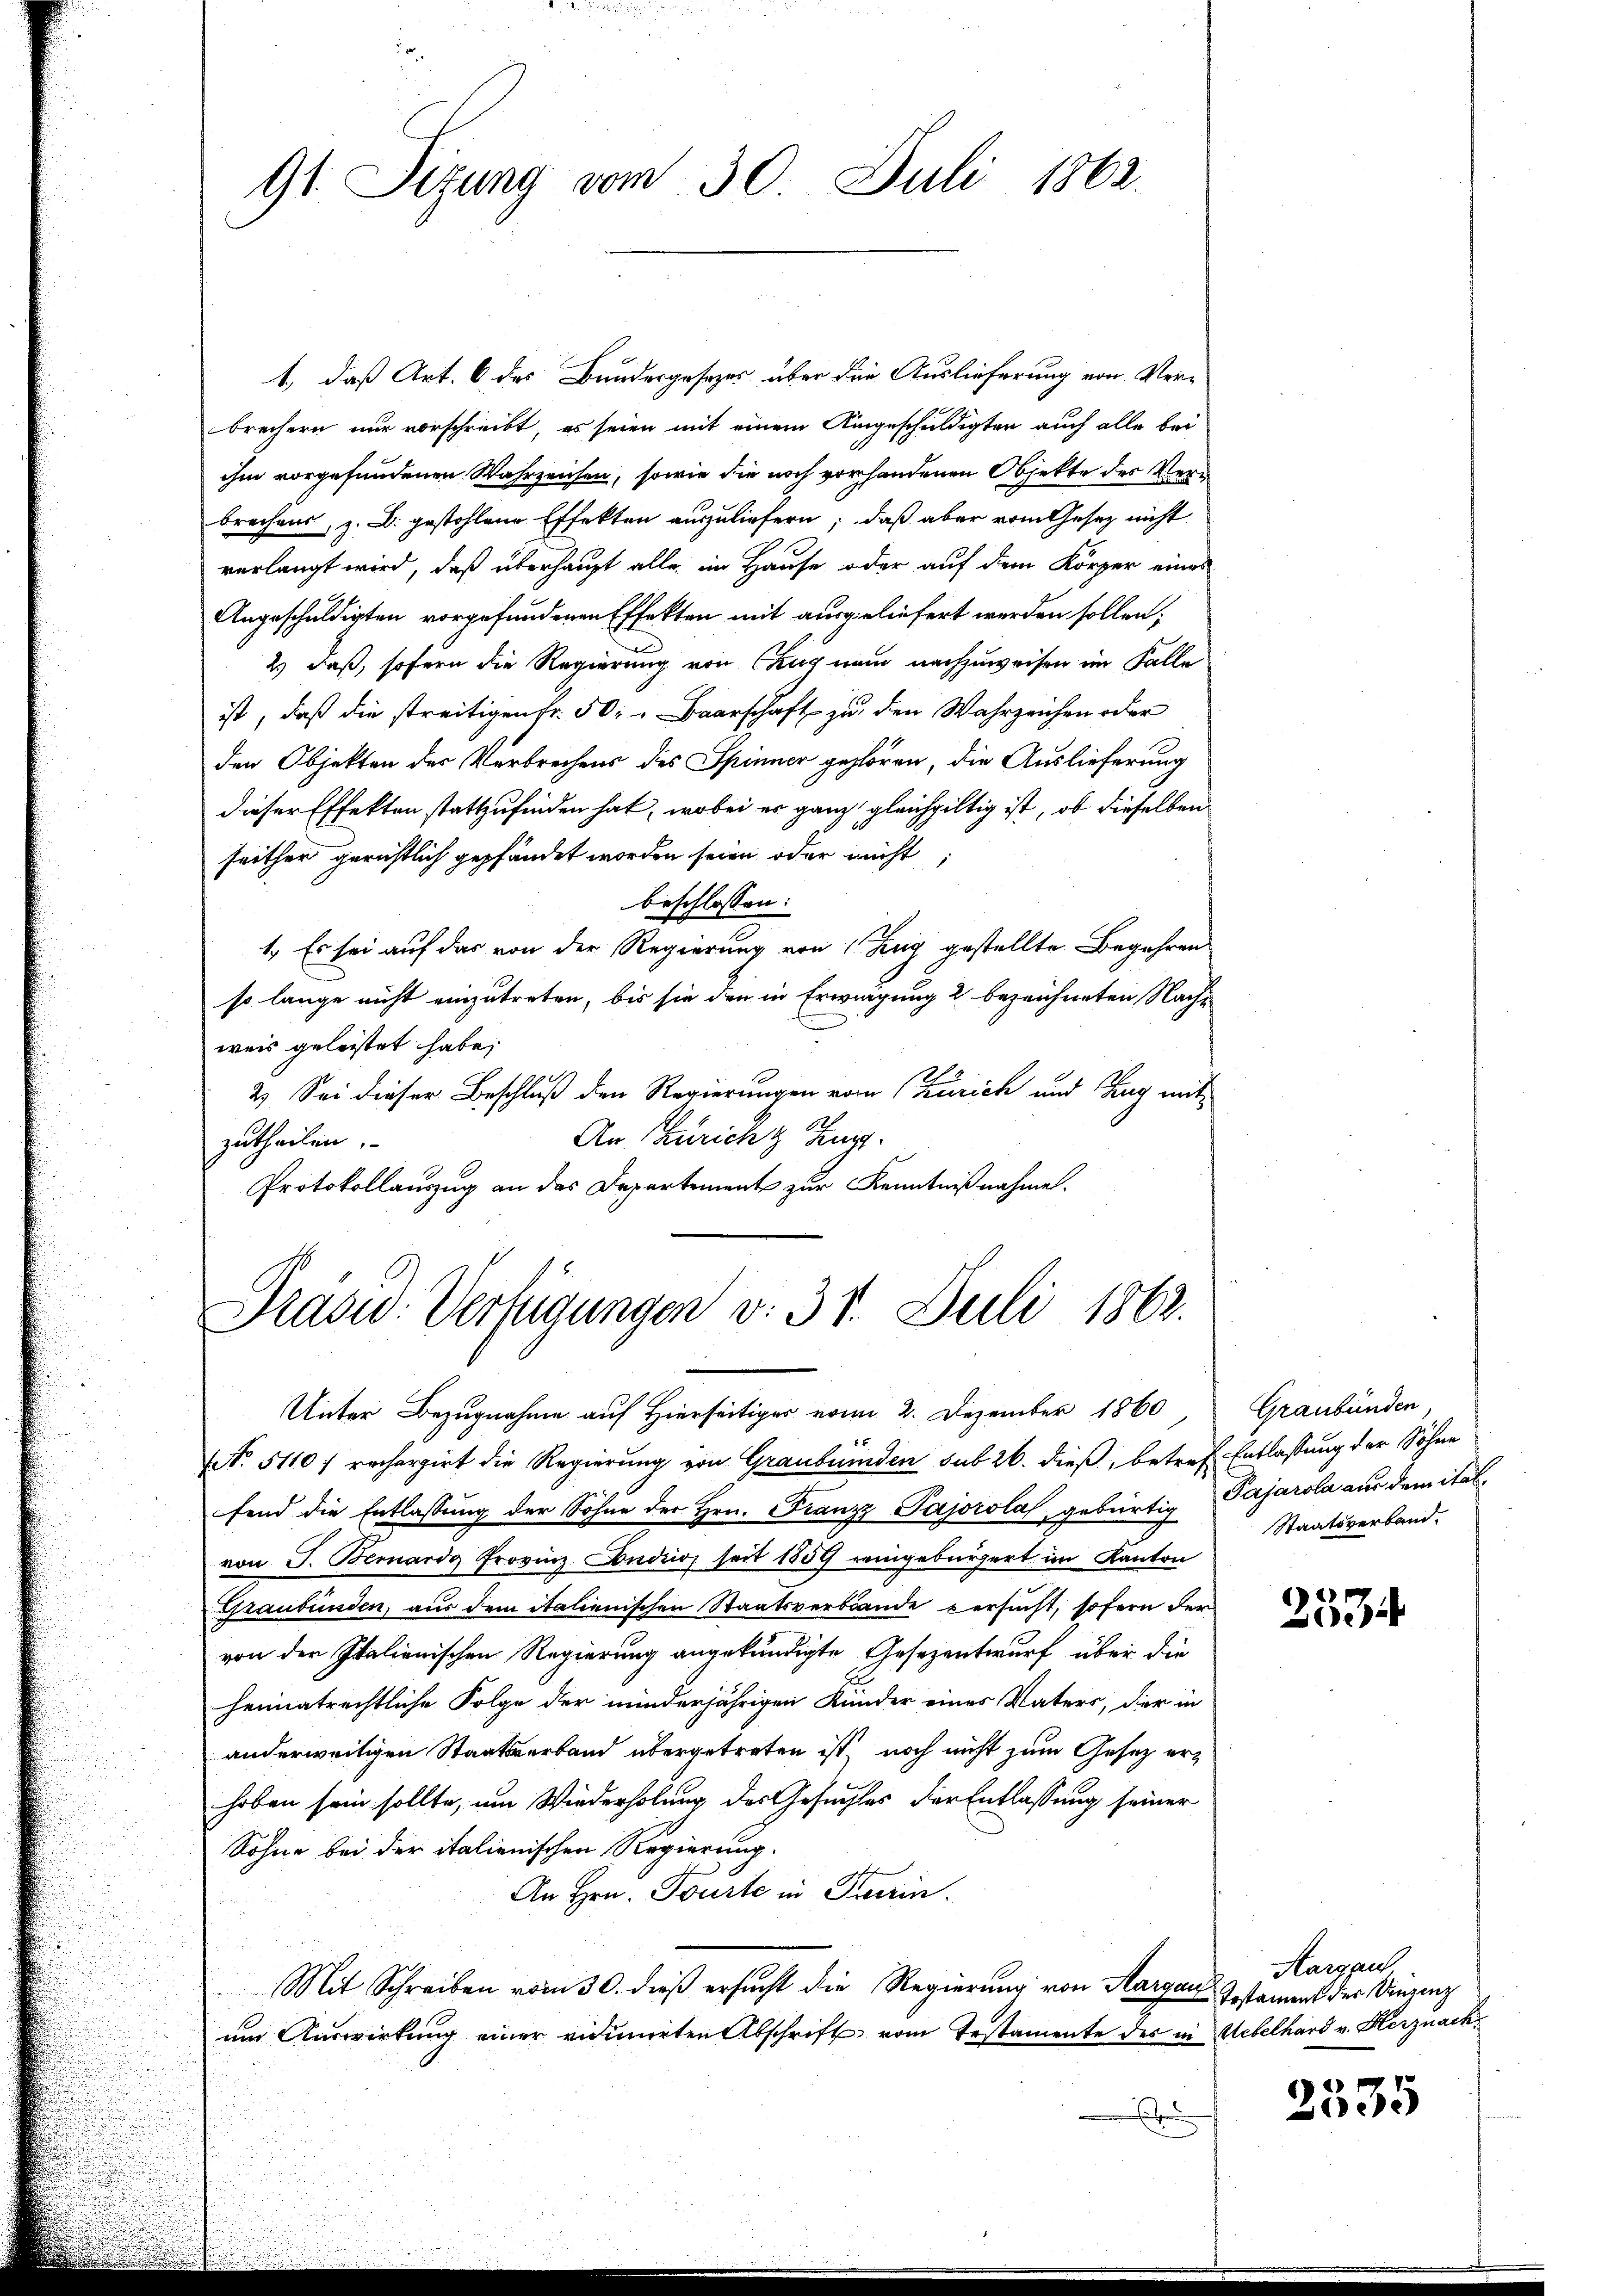
91 Sizung vom 30. Juli 1862.

1., daß Art. 6 des Bundergesezes über die Auslieferung von Verbrechern nur vorschreibt, es seien mit einem Umgeschuldigten auch alle bei
ihm vorgefundenen Wahrzeichen, sowie die noch vorhandenen Objekte des Verbrechens, z. B. gestohlene Effekten auszuliefern; daß aber vom Gesetz nicht
verlangt wird, daß überhaupt alle im Hause oder auf dem Körper eines
Angeschuldigten vorgefundenen Effekten mit ausgeliefert werden sollen;
2) daß, sofern die Regierung von Zug nam nachzuweisen im Falle
ist, daß die streitigen Fr. 50. Baarschaft zu den Wahrzeichen oder
den Objekten der Verbrechens des Spinner gehören, die Auslieferung
dieser Effekten stattzufinden hat, wobei es ganz gleichgültig ist, ob dieselben
seither gerichtlich gepfändet worden seien oder nicht,
beschlossen:
1. Es sei auf das von der Regierung von Zug gestellte Begehren
so lange nicht einzutreten, bis sie den in Erwägung 2 bezeichneten Nachweis geleistet habe;
2.) Sei dieser Beschluß den Regierungen vom Zürich und Zug mit
An Züricht Tag.
zutheilen.
Protokollauszug an das Departement zur Kenntnißnahme.

Präsid. Verfügungen v. 31. Juli 1862.

Unter Bezugnahme auf Hierseitiger vom 2. Dezember 1860
NNo. 5110) recherzirt die Regierung von Graubünden sub 26. dieß, betref Entlassung der Söhne
fend die Entlassung der Sohne der Hrn. Franzz-Pajorola, gebürtig Pajarola aus dem italvon J. Bemardg Provinz Condio, seit 1859 reingebürgert im Kanton
Graubünden, aus dem italienischen Staatsverblände versucht, sofern der
von der Italienischen Regierung angekündigte Gesezentwurf über die
1
heimatrechtliche Folge der minderjährigen Kinder eines Vaters, der in
anderweitigen Staatsverband übergetreten ist, noch nicht zum Gesetz erhoben sein sollte, um Wiederholung des Gesuchtes der Entlassung seiner
Söhne bei der italienischen Regierung.
An Hrn. Tourte in Krerin.
Mit Schreiben vom 30. dieß ersucht die Regierung von Margau
um Auswirkung einer vidimirten Abschrift vom Testamente des in Uebelhard v. Herznach¬

u

Graubünden.
Staatsverband.

2534

Aargau
Testament der Unzenz

2535